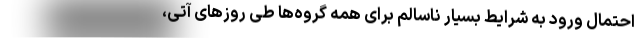
احتمال ورود به شرایط بسیار ناسالم برای همه گروه‌ها طی روزهای آتی،